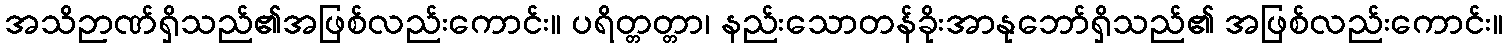
အသိဉာဏ်ရှိသည်၏အဖြစ်လည်းကောင်း။ ပရိတ္တတ္တာ၊ နည်းသောတန်ခိုးအာနုဘော်ရှိသည်၏ အဖြစ်လည်းကောင်း။